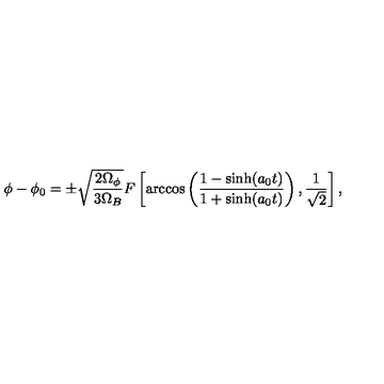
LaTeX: \phi - \phi _ { 0 } = \pm \sqrt { \frac { 2 \Omega _ { \phi } } { 3 \Omega _ { B } } } F \left[ \arccos \left( \frac { 1 - \sinh ( a _ { 0 } t ) } { 1 + \sinh ( a _ { 0 } t ) } \right) , \frac { 1 } { \sqrt { 2 } } \right] ,